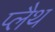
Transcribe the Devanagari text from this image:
प्लैथ